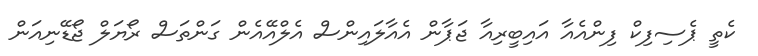
ކެތީ ޕެސިފިކް ފިންއެއާ އައިބީރިއާ ޖަޕާން އެއާލައިންސް އެލްއޭއެން ގަންތަސް ރޯޔަލް ޖޯޑޭނިއަން